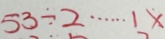
5 3 \div 2 \cdots 1 x